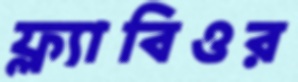
ফ্ল্যাবিওর